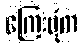
ကြေးမုံက